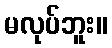
မလုပ်ဘူး။